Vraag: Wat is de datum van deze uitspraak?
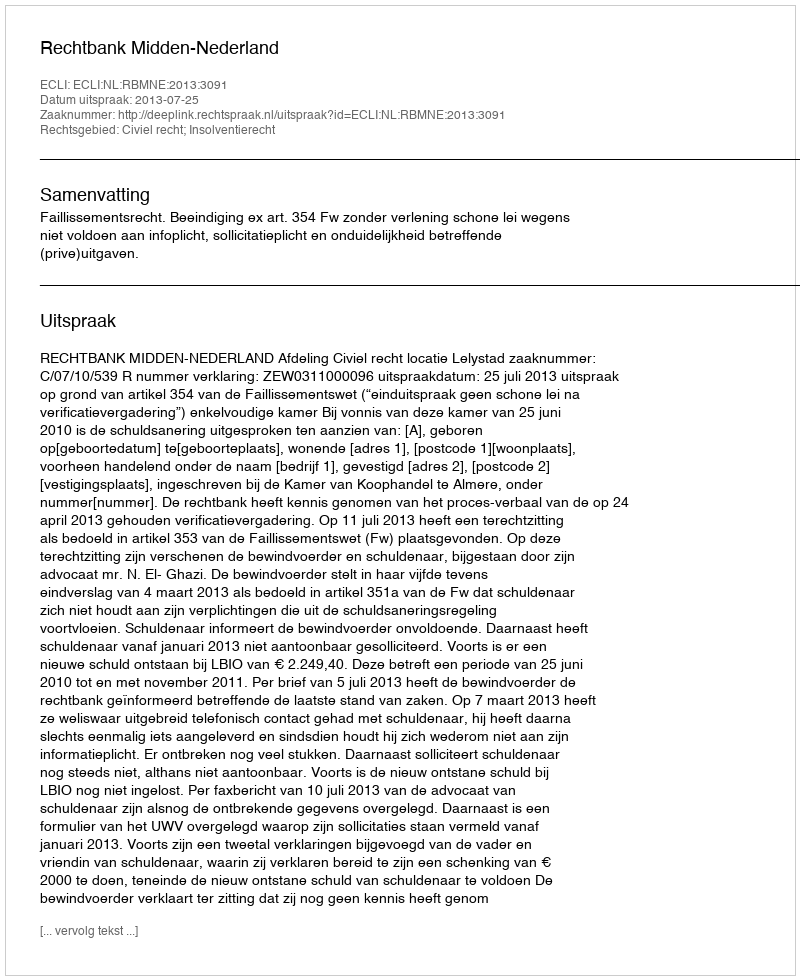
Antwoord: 2013-07-25